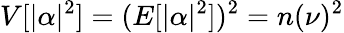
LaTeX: V[|\alpha|^{2}]=(E[|\alpha|^{2}])^{2}=n(\nu)^{2}